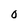
Character: O